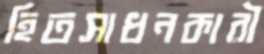
হিতসাধনকারী